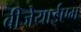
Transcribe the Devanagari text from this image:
बीजेयाईएम